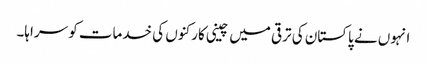
انہوں نے پاکستان کی ترقی میں چینی کارکنوں کی خدمات کو سراہا۔